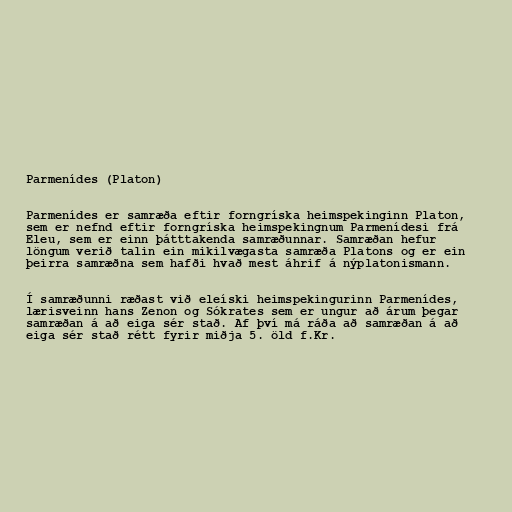
Parmenídes (Platon)

Parmenídes er samræða eftir forngríska heimspekinginn Platon,
sem er nefnd eftir forngríska heimspekingnum Parmenídesi frá
Eleu, sem er einn þátttakenda samræðunnar. Samræðan hefur
löngum verið talin ein mikilvægasta samræða Platons og er ein
þeirra samræðna sem hafði hvað mest áhrif á nýplatonismann.

Í samræðunni ræðast við eleíski heimspekingurinn Parmenídes,
lærisveinn hans Zenon og Sókrates sem er ungur að árum þegar
samræðan á að eiga sér stað. Af því má ráða að samræðan á að
eiga sér stað rétt fyrir miðja 5. öld f.Kr.